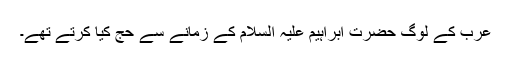
عرب کے لوگ حضرت ابراہیم علیہ السلام کے زمانے سے حج کیا کرتے تھے۔